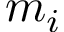
m _ { i }